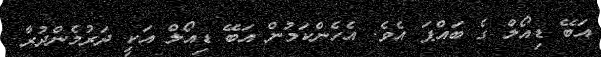
އަބޭ ޑިއޯލް ގެ ބައްޕަ އެވެ. އެހެންކަމުން އަބޭ ޑިއޯލް އަކީ ދަރުމެންދުރާ